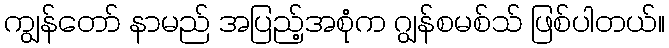
ကျွန်တော် နာမည် အပြည့်အစုံက ဂျွန်စမစ်သ် ဖြစ်ပါတယ်။